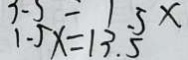
1 . 5 x = 1 3 . 5